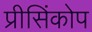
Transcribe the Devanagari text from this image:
प्रीसिंकोप